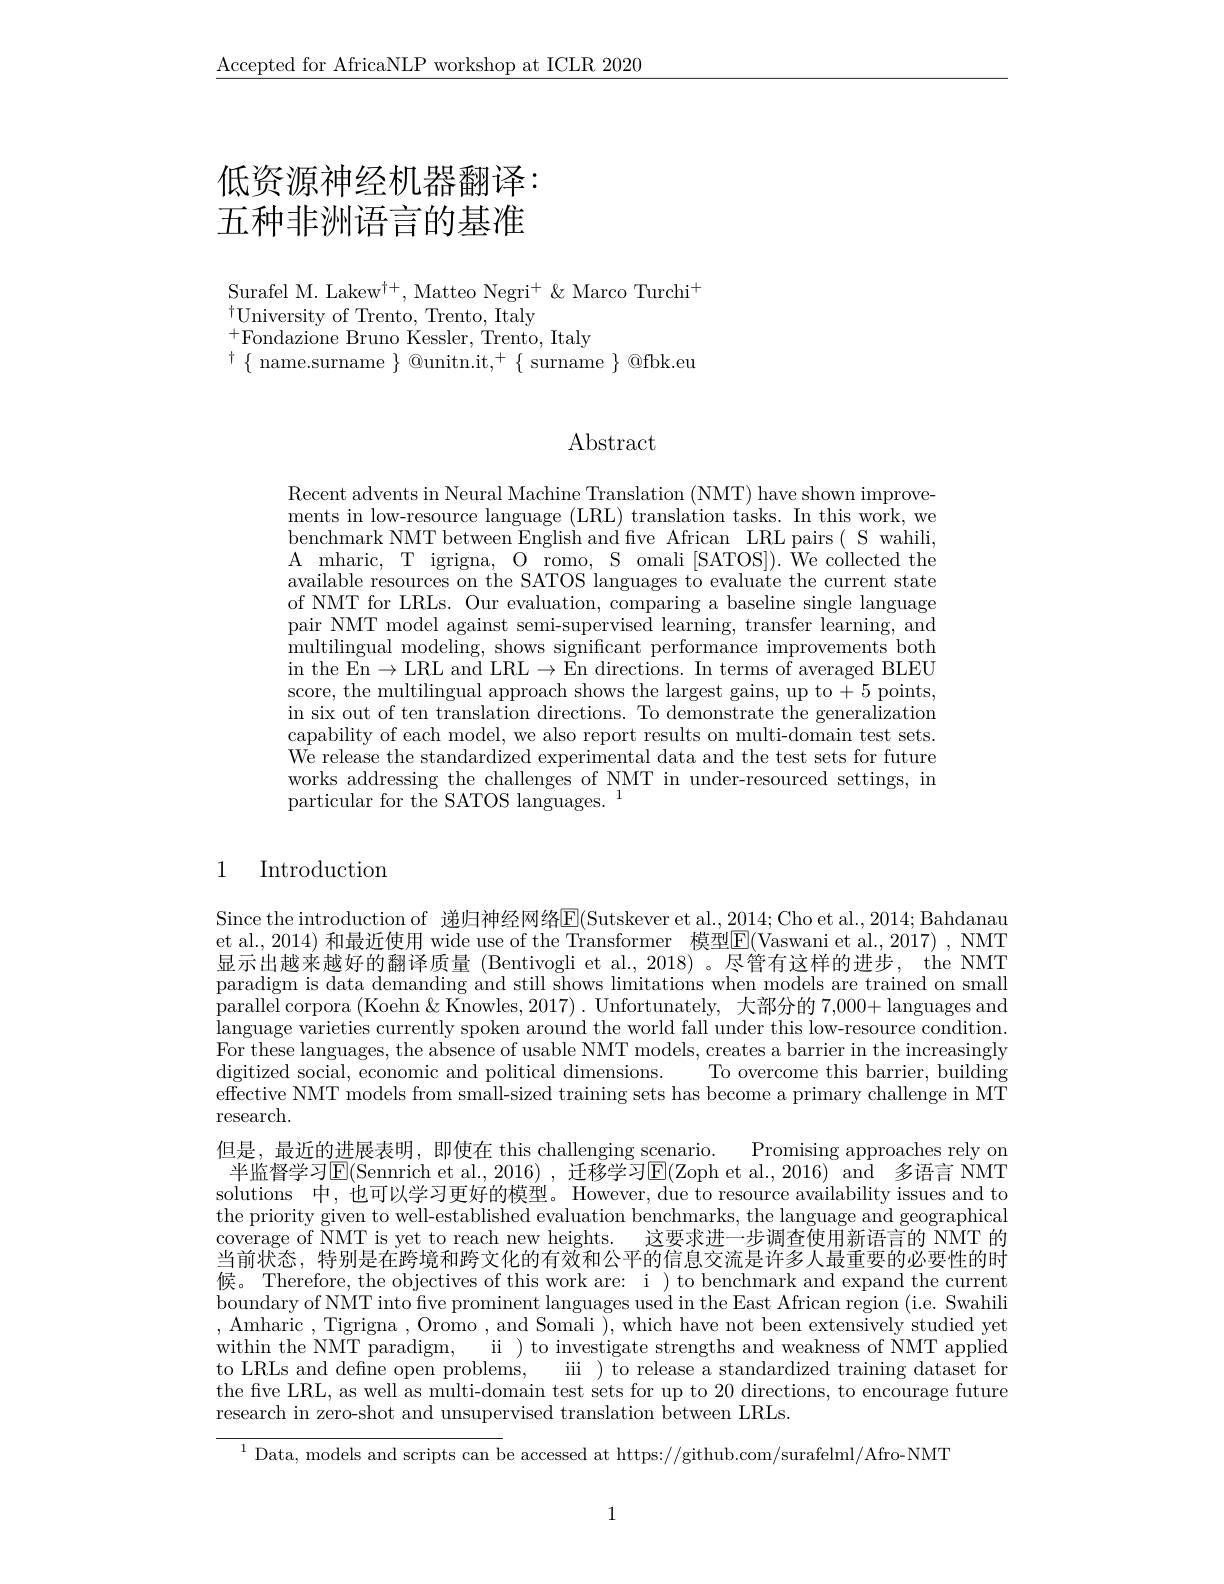
$\underline{\text{Accepted for AfricaNLP workshop at ICLR 2020}}$

# 低资源神经机器翻译： 五种非洲语言的基准

Surafel M. Lakew$^{\dagger+}$, Matteo Negri$^+\&$ Marco Turchi$^+$
$^{\dagger}$University of Trento, Trento, Italy
$^{+}$Fondazione Bruno Kessler, Trento, Italy
$^{\dagger}\{$ name.surname $\}$ @unitn.it,$^+\{$ surname $\}$ @fbk.eu

# Abstract

Recent advents in Neural Machine Translation (NMT) have shown improvements in low-resource language (LRL) translation tasks. In this work, we benchmark NMT between English and five African LRL pairs( S wahili, A mharic, T igrigna, O romo, S omali [SATOS]). We collected the available resources on the SATOS languages to evaluate the current state of NMT for LRLs. Our evaluation, comparing a baseline single language pair NMT model against semi-supervised learning, transfer learning, and multilingual modeling, shows significant performance improvements both in the En$\to$LRL and LRL$\to$En directions. In terms of averaged BLEU score, the multilingual approach shows the largest gains, up to +5 points, in six out of ten translation directions. To demonstrate the generalization capability of each model, we also report results on multi-domain test sets. We release the standardized experimental data and the test sets for future works addressing the challenges of NMT in under-resourced settings, in particular for the SATOS lan

# 1 Introduction

Since the introduction of 递归神经网络E(Sutskever et al.,2014;Cho et al.,2014;Bahdanau et al., 2014) 和最近使用 wide use of the Transformer 模型$\overline{\mathrm{E}}($Vaswani et al., 2017) , NMT 显示出越来越好的翻译质量 (Bentivogli et al., 2018) 。尽管有这样的进步，the NMT paradigm is data demanding a parallel corpora (Koehn $\&$ language varieties currently For these languages, the abs digitized social, economic a
To overcome this barrier, bu
effective NMT models from sm
research.
但是，最近的进展表明，即使在 this challeng 半监督学习$\operatorname{E}($Sennrich et al., solutions 中，也可以学习更好的模型。Howe the priority given to well-e coverage of NMT is yet to reach new heights.
这要求进一步调查使用新语言的 NMT 的
当前状态，特别是在跨境和跨文化的有效和公平的信息交流是许候。Therefore, the objectives of this work are: i ) to benchmark and expand the current boundary of NMT into five prominent languages used in the East African region (i.e. Swahili , Amharic ,Tigrigna ,Oromo ,and Somali ),which have not been extensively studied yet within the NMT paradigm,
ii ) to investigate strengths and weakness of NMT applied
to LRLs and define open problems, iii ) to release a standardized training dataset for the five LRL, as well as multi-domain test sets for up to 20 directions, to encourage future research in zero-shot and unsupervised translation between LRLs.

$^{1}$ Data, models and scripts can be accessed at https://github.com/surafelml/Afro-NMT

1